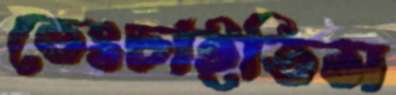
ভেংচাইতিস